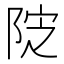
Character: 𱀔